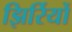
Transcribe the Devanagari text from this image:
झिर्रियों